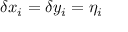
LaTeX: \delta x _ { i } = \delta y _ { i } = \eta _ { i }